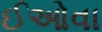
ઈઓવા